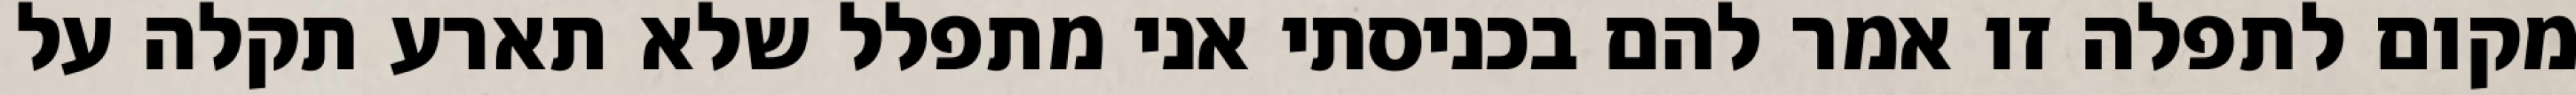
מקום לתפלה זו אמר להם בכניסתי אני מתפלל שלא תארע תקלה על